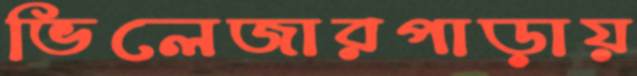
ভিলেজারপাড়ায়